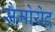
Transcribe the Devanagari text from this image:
सैमोयेद